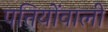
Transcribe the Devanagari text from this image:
पत्तियोंवाली